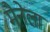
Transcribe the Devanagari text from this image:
मैनेला